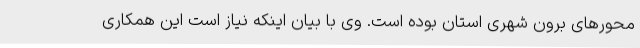
محورهای برون شهری استان بوده است. وی با بیان اینکه نیاز است این همکاری